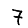
Digit: 7